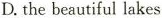
D.the beautiful lakes